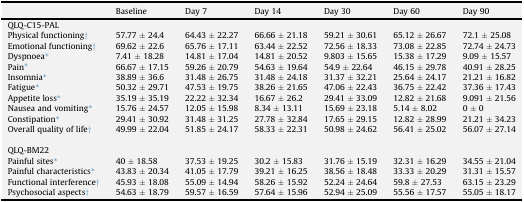
<table><thead><tr><td></td><td><b>Baseline</b></td><td><b>Day 7</b></td><td><b>Day 14</b></td><td><b>Day 30</b></td><td><b>Day 60</b></td><td><b>Day 90</b></td></tr></thead><tbody><tr><td colspan="7">QLQ-C15-PAL</td></tr><tr><td>Physical functioning†</td><td>57.77 ± 24.4</td><td>64.43 ± 22.27</td><td>66.66 ± 21.18</td><td>59.21 ± 30.61</td><td>65.12 ± 26.67</td><td>72.1 ± 25.08</td></tr><tr><td>Emotional functioning†</td><td>69.62 ± 22.6</td><td>65.76 ± 17.11</td><td>63.44 ± 22.52</td><td>72.56 ± 18.33</td><td>73.08 ± 22.85</td><td>72.74 ± 24.73</td></tr><tr><td>Dyspnoea∗</td><td>7.41 ± 18.28</td><td>14.81 ± 17.04</td><td>14.81 ± 20.52</td><td>9.803 ± 15.65</td><td>15.38 ± 17.29</td><td>9.09 ± 15.57</td></tr><tr><td>Pain∗</td><td>66.67 ± 17.15</td><td>59.26 ± 20.79</td><td>54.63 ± 19.64</td><td>54.9 ± 22.64</td><td>46.15 ± 29.78</td><td>40.91 ± 28.25</td></tr><tr><td>Insomnia∗</td><td>38.89 ± 36.6</td><td>31.48 ± 26.75</td><td>31.48 ± 24.18</td><td>31.37 ± 32.21</td><td>25.64 ± 24.17</td><td>21.21 ± 16.82</td></tr><tr><td>Fatigue∗</td><td>50.32 ± 29.71</td><td>47.53 ± 19.75</td><td>38.26 ± 21.65</td><td>47.06 ± 22.43</td><td>36.75 ± 22.42</td><td>37.36 ± 17.43</td></tr><tr><td>Appetite loss∗</td><td>35.19 ± 35.19</td><td>22.22 ± 32.34</td><td>16.67 ± 26.2</td><td>29.41 ± 33.09</td><td>12.82 ± 21.68</td><td>9.091 ± 21.56</td></tr><tr><td>Nausea and vomiting∗</td><td>15.76 ± 24.57</td><td>12.05 ± 15.98</td><td>8.34 ± 13.11</td><td>15.69 ± 23.18</td><td>5.14 ± 8.02</td><td>0 ± 0</td></tr><tr><td>Constipation∗</td><td>29.41 ± 30.92</td><td>31.48 ± 31.25</td><td>27.78 ± 32.84</td><td>17.65 ± 29.15</td><td>12.82 ± 28.99</td><td>21.21 ± 34.23</td></tr><tr><td>Overall quality of life†</td><td>49.99 ± 22.04</td><td>51.85 ± 24.17</td><td>58.33 ± 22.31</td><td>50.98 ± 24.62</td><td>56.41 ± 25.02</td><td>56.07 ± 27.14</td></tr><tr><td colspan="7">  </td></tr><tr><td colspan="7">QLQ-BM22</td></tr><tr><td>Painful sites∗</td><td>40 ± 18.58</td><td>37.53 ± 19.25</td><td>30.2 ± 15.83</td><td>31.76 ± 15.19</td><td>32.31 ± 16.29</td><td>34.55 ± 21.04</td></tr><tr><td>Painful characteristics∗</td><td>43.83 ± 20.34</td><td>41.05 ± 17.79</td><td>39.21 ± 16.25</td><td>38.56 ± 18.48</td><td>33.33 ± 20.29</td><td>31.31 ± 15.57</td></tr><tr><td>Functional interference†</td><td>45.93 ± 18.08</td><td>55.09 ± 14.94</td><td>58.26 ± 15.92</td><td>52.24 ± 24.64</td><td>59.8 ± 27.53</td><td>63.15 ± 23.29</td></tr><tr><td>Psychosocial aspects†</td><td>54.63 ± 18.79</td><td>59.57 ± 16.59</td><td>57.64 ± 15.96</td><td>52.94 ± 25.09</td><td>55.56 ± 17.57</td><td>55.05 ± 18.17</td></tr></tbody></table>